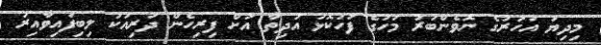
މިދިޔަ އަހަރުގެ ނޮވެންބަރު މަހުގެ ފަހުކޮޅު އުދިތާ އަށް ފިރިހެން ދަރިއަކު ލިބިފައިވާއިރު